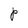
Character: P